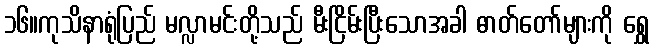
၁၆။ကုသိနာရုံပြည် မလ္လာမင်းတို့သည် မီးငြိမ်းပြီးသောအခါ ဓာတ်တော်များကို ရွှေ